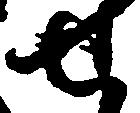
せ